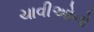
ચાવીઓનો